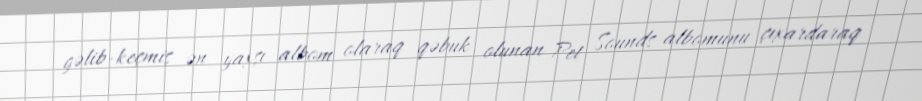
gəlib-keçmiş ən yaxşı albom olaraq qəbuk olunan Pet Sounds albomunu çıxardaraq